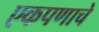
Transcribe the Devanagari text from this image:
एकपणाचे